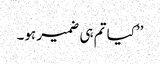
’’کیا تم ہی ضمیر ہو۔